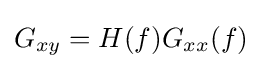
G_{xy}=H(f)G_{xx}(f)